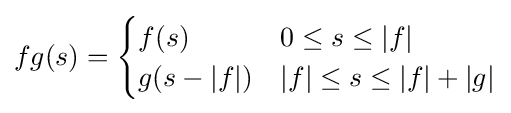
fg(s)={\begin{cases}f(s)&0\leq s\leq |f|\\g(s-|f|)&|f|\leq s\leq |f|+|g|\end{cases}}